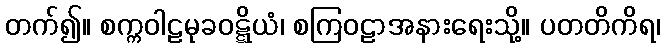
တက်၍။ စက္ကဝါဠမုခဝဋ္ဋိယံ၊ စကြဝဠာအနားရေးသို့။ ပတတိကိရ၊